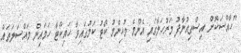
"ހާއްސަކޮށް އިސްތިއުނާފު މަރުހަލާގައި އެންމެ މުހިންމު ކޯޓު ކަމުގައިވާ ހައިކޯޓާ ހަމައިން މައްސަލަތައް